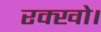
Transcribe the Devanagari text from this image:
रक्खो।